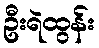
ဦးရဲထွန်း